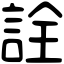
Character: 詮